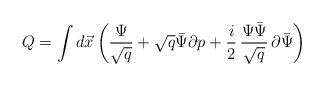
LaTeX: \begin{align*}Q=\int d\vec{x}\left(\frac{\Psi}{\sqrt{q}}+\sqrt{q}\bar{\Psi}\partial p+ \frac{i}{2}\,\frac{\Psi\bar{\Psi}}{\sqrt{q}}\,\partial\bar{\Psi}\right)\end{align*}